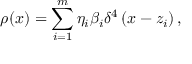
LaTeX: \rho ( x ) = \sum _ { i = 1 } ^ { m } \eta _ { i } \beta _ { i } \delta ^ { 4 } \left( x - z _ { i } \right) ,